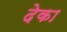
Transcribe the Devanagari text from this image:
देका